system: You are a helpful assistant.
user:
Analyze the provided spectrum to determine if it is a **"Cataclysmic Variables (CV)"**.

- **Key Indicators for CV (Check for either state):**
    - **State 1: Quiescent / Low-State (Emission-Dominated)**
        - **(Primary):** Strong and *very broad* Hydrogen Balmer emission lines (e.g., $H\alpha$ at 6563 Å, $H\beta$ at 4861 Å). The 'broadness' (high velocity dispersion, often FWHM > 1000 km/s) is the key diagnostic, indicating a high-velocity accretion disk.
        - **(Secondary):** Broad neutral Helium (He I) emission lines (e.g., 5876 Å, 6678 Å).
        - **(Key Confirmation):** Presence of high-excitation *ionized* Helium (He II) emission at 4686 Å. This is a strong indicator of accretion onto a white dwarf.
        - **(Line Profile):** Emission lines may exhibit a 'double-peaked' profile, which is a classic signature of a rotating accretion disk viewed at high inclination.

    - **State 2: Outburst / High-State (Absorption-Dominated)**
        - **(Primary):** Spectrum is dominated by a bright, blue continuum (looks like a hot star).
        - **(Secondary):** The emission lines from State 1 are weak, absent, or 'filled in', and are replaced by broad, shallow *absorption* lines (primarily Balmer and He I).
        - **(Morphology):** The overall spectrum mimics a hot B/A-type star. The crucial difference is that the absorption lines are significantly broader, shallower, and more 'washed-out' (or 'smeared') than the sharp lines of a normal stellar photosphere, due to high rotational speeds and pressure broadening in the disk.

Think first, call **spectral_visualization_tool** if needed to examine features in detail, then provide your final answer. Your response must adhere to the following strict rules:
1.  **Overall Structure:** Your response must follow the format `<think>...</think> <tool_call>...</tool_call> (if a tool is used) <answer>...</answer>`.
2.  **Tool Usage Constraint:** You may only make **one** tool call per turn.
3.  **Final Answer Format:** In the `<answer>` tag, your conclusion must be inside a `\boxed{}` command (e.g., `\boxed{YES}`), followed by your justification.

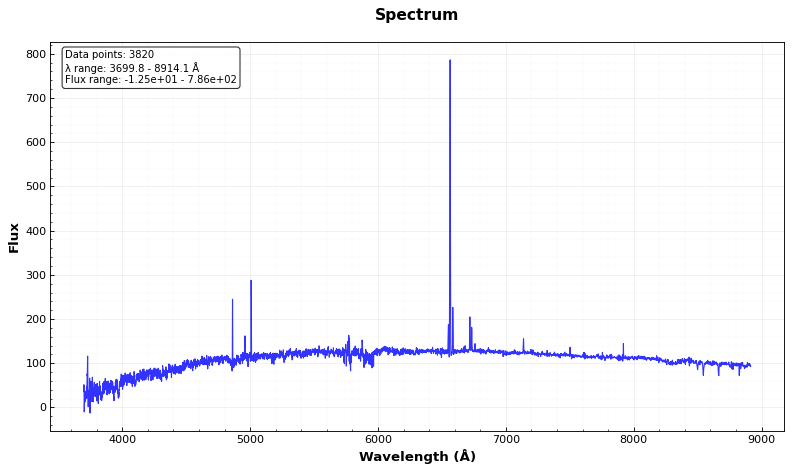
Answer: NO